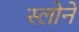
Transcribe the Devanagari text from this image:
स्‍लोने